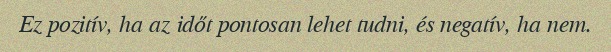
Ez pozitív, ha az időt pontosan lehet tudni, és negatív, ha nem.